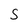
Character: S